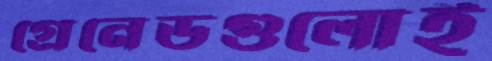
গ্রেনেডগুলোই